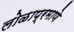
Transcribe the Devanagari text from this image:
लोळाप्रमाणे